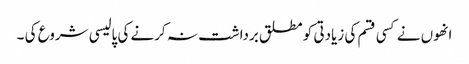
انھوں نے کسی قسم کی زیادتی کو مطلق برداشت نہ کرنے کی پالیسی شروع کی ۔